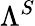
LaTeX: \Lambda^{S}